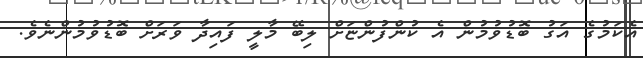
އެކަމުގެ އަގު ބޮޑުވުމުން އެ ކުންފުންޏަށް ލިބޭ މާލީ ފައިދާ ވަރަށް ބޮޑުވުމުންނެެވެ.